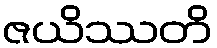
ဇယိဿတိ